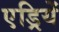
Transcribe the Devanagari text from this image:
एड्रियें